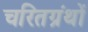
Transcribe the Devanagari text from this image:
चरितग्रंथों